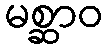
မစ္ဆာဝ